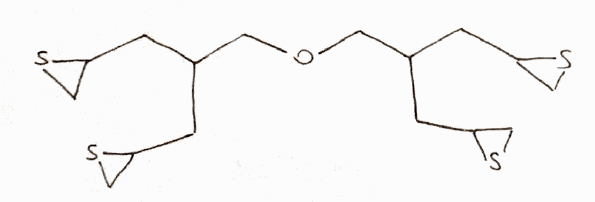
Simplified molecular-input line-entry system (SMILES) notation of the given molecule:
C1C(S1)CC(CC2CS2)COCC(CC3CS3)CC4CS4